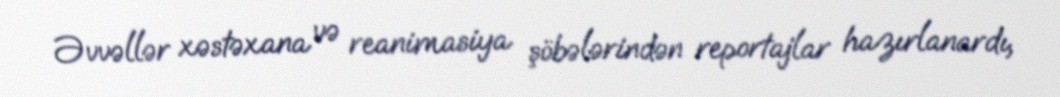
Əvvəllər xəstəxana və reanimasiya şöbələrindən reportajlar hazırlanardı,